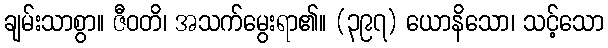
ချမ်းသာစွာ။ ဇီဝတိ၊ အသက်မွေးရာ၏။ (၃၉၇) ယောနိသော၊ သင့်သော